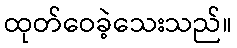
ထုတ်ဝေခဲ့သေးသည်။